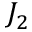
J _ { 2 }